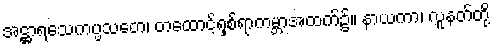
အဋ္ဌာရသေကပ္ပသတေ၊ တထောင့်ရှစ်ရာကမ္ဘာအထက်၌။ နာယကာ၊ လူနတ်တို့